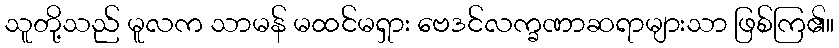
သူတို့သည် မူလက သာမန် မထင်မရှား ဗေဒင်လက္ခဏာဆရာများသာ ဖြစ်ကြ၏။